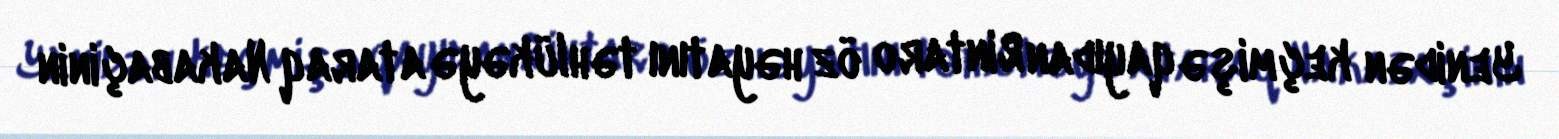
Yenidən keçmişə qayıdan Rintaro öz həyatını təhlükəyə ataraq Nakabaçinin